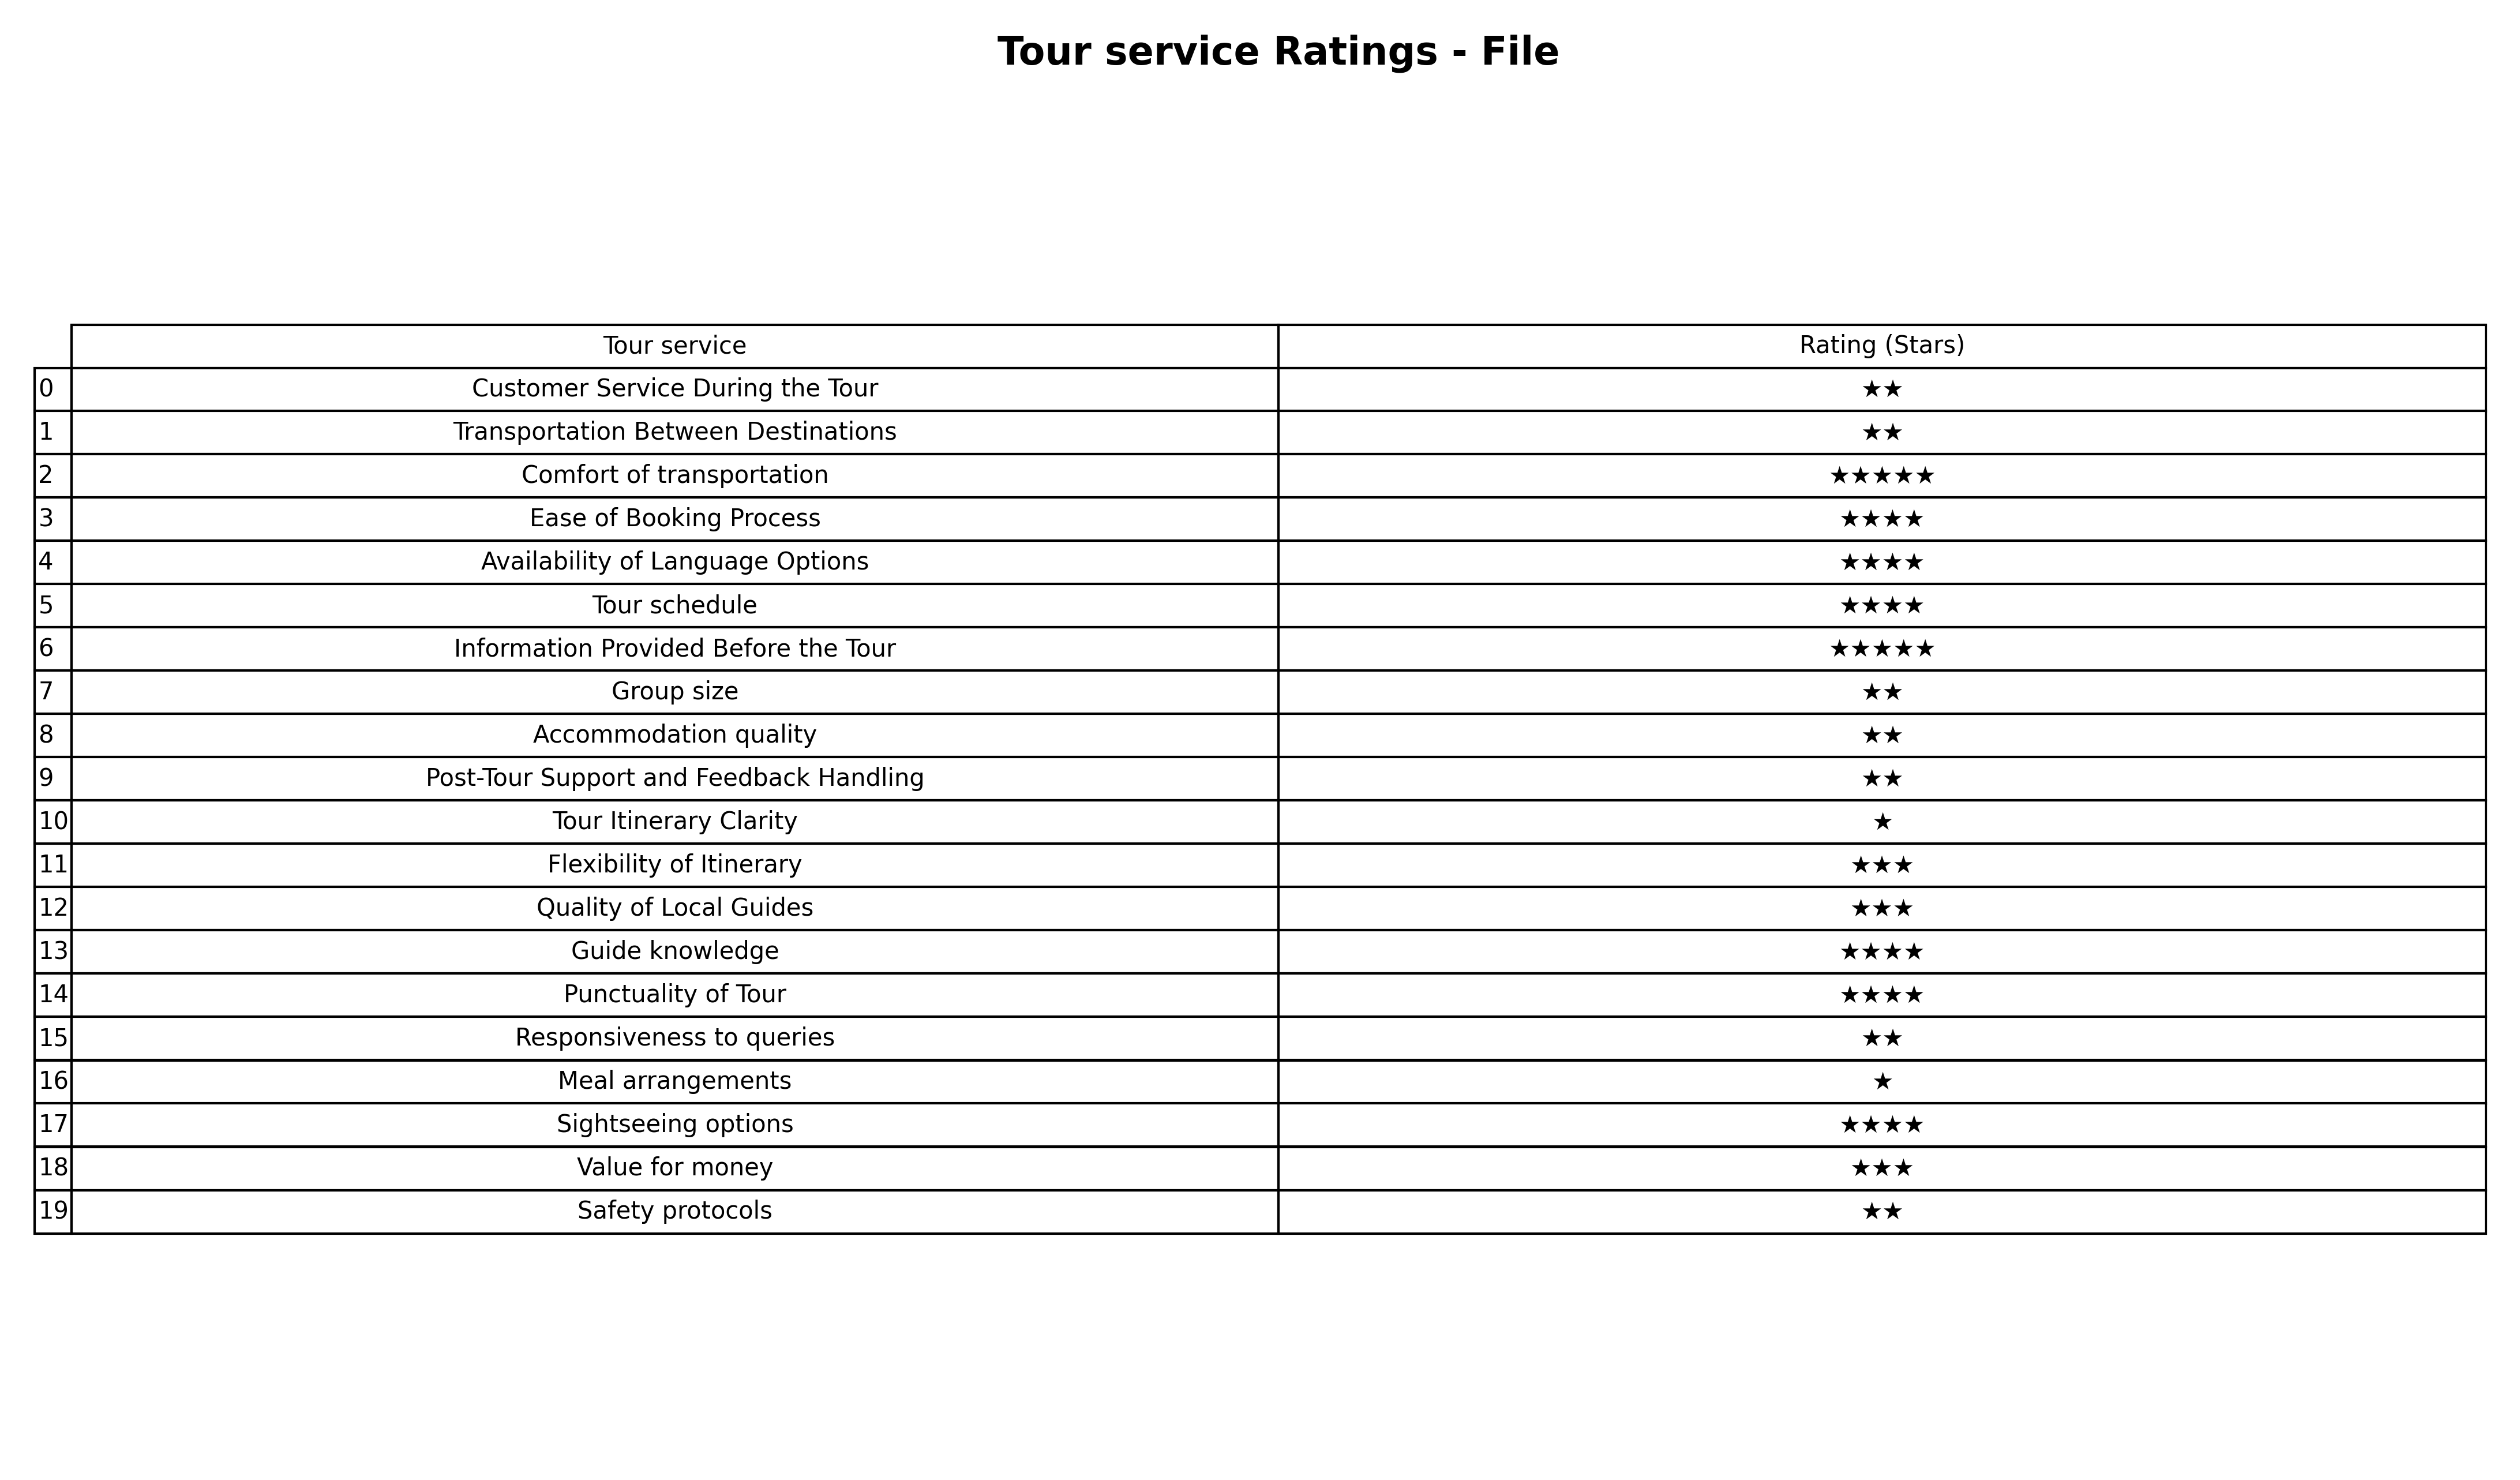
question: What is the rating of Transportation Between Destinations?
answer: ★★